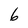
Character: 6